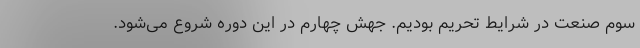
سوم صنعت در شرایط تحریم بودیم. جهش چهارم در این دوره شروع می‌شود.